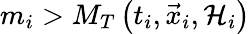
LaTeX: m_{i}>M_{T}\left(t_{i},\vec{x}_{i},{\cal H}_{i}\right)